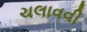
ચલાવવી